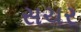
સચર